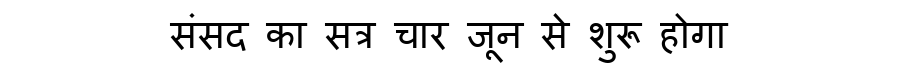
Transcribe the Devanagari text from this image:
संसद का सत्र चार जून से शुरू होगा